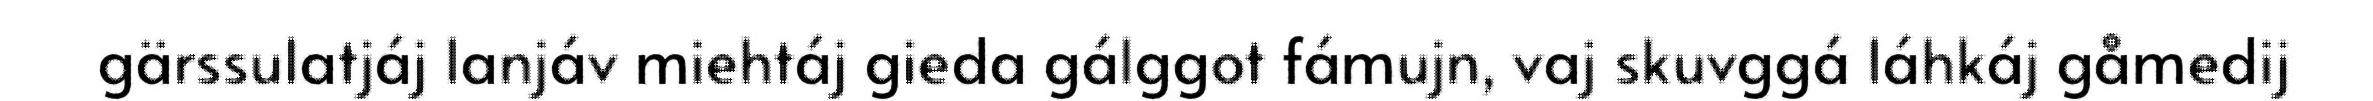
gärssulatjáj lanjáv miehtáj gieda gálggot fámujn, vaj skuvggá láhkáj gåmedij